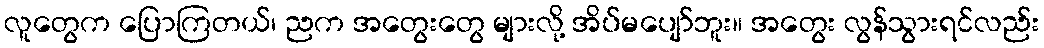
လူတွေက ပြောကြတယ်၊ ညက အတွေးတွေ များလို့ အိပ်မပျော်ဘူး။ အတွေး လွန်သွားရင်လည်း